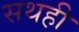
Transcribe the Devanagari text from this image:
सथही